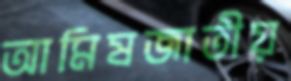
আমিষজাতীয়